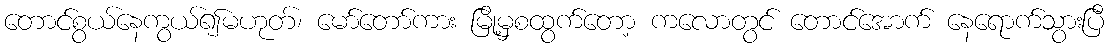
တောင်စွယ်နေကွယ်၍မဟုတ်၊ မော်တော်ကား မြို့မှစထွက်တော့ ကလောတွင် တောင်အောက် နေရောက်သွားပြီ